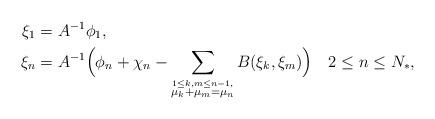
LaTeX: \begin{align*} \xi_1&=A^{-1}\phi_1,\\\xi_n&=A^{-1}\Big(\phi_n + \chi_n - \sum_{\stackrel{1\le k,m\le n-1,}{\mu_k+\mu_m=\mu_n}}B(\xi_k,\xi_m)\Big) \quad 2\le n\le N_*,\end{align*}